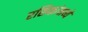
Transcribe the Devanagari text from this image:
रसिकांमध्ये